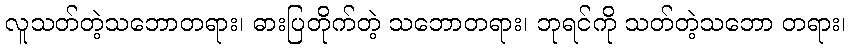
လူသတ်တဲ့သဘောတရား၊ ဓားပြတိုက်တဲ့ သဘောတရား၊ ဘုရင်ကို သတ်တဲ့သဘော တရား၊